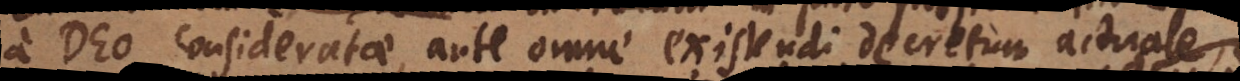
a Deo consideratae, ante omne existendi decretum actuale,